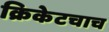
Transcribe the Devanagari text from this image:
क्रिकेटचाच